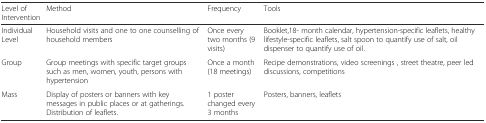
<table><thead><tr><td><b>Level of Intervention</b></td><td><b>Method</b></td><td><b>Frequency</b></td><td><b>Tools</b></td></tr></thead><tbody><tr><td>Individual Level</td><td>Household visits and one to one counselling of household members</td><td>Once every two months (9 visits)</td><td>Booklet,18- month calendar, hypertension-specific leaflets, healthy lifestyle-specific leaflets, salt spoon to quantify use of salt, oil dispenser to quantify use of oil.</td></tr><tr><td>Group</td><td>Group meetings with specific target groups such as men, women, youth, persons with hypertension</td><td>Once a month (18 meetings)</td><td>Recipe demonstrations, video screenings , street theatre, peer led discussions, competitions</td></tr><tr><td>Mass</td><td>Display of posters or banners with key messages in public places or at gatherings. Distribution of leaflets.</td><td>1 poster changed every 3 months</td><td>Posters, banners, leaflets</td></tr></tbody></table>